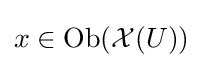
x\in {\text{Ob}}({\mathcal {X}}(U))